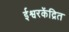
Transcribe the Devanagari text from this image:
ईश्वरकेंद्रित